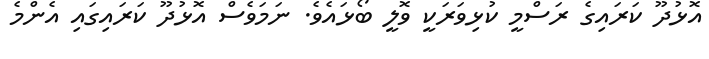
އޮޅުދޫ ކަރައިގެ ރަސްމީ ކުޅިވަރަކީ ވޮލީ ބޯޅައެވެ. ނަމަވެސް އޮޅުދޫ ކަރައިގައި އެންމެ